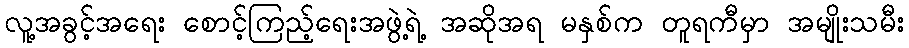
လူ့အခွင့်အရေး စောင့်ကြည့်ရေးအဖွဲ့ရဲ့ အဆိုအရ မနှစ်က တူရကီမှာ အမျိုးသမီး